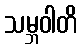
သမ္ဘဝါတိ